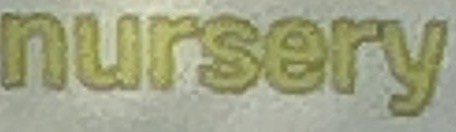
nursery